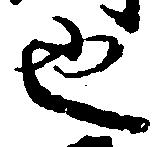
也